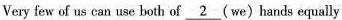
Very few of us can use both of \underline{2}(we)hands equally